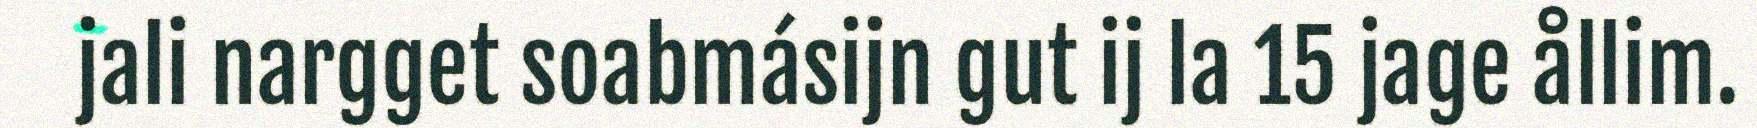
jali nargget soabmásijn gut ij la 15 jage ållim.